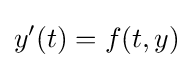
y'(t)=f(t,y)